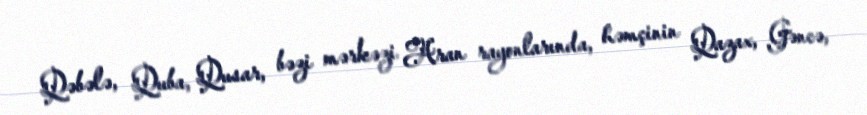
Qəbələ, Quba, Qusar, bəzi mərkəzi Aran rayonlarında, həmçinin Qazax, Gəncə,